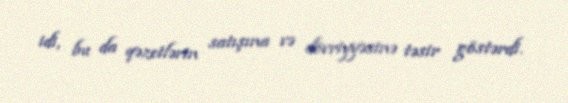
idi, bu da qəzetlərin satışına və dövriyyəsinə təsir göstərdi.